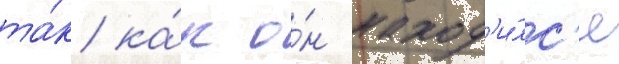
та́к ка́к о́н наход'и́лс'я